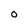
Character: 0